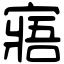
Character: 寤